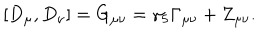
[ D _ { \mu } , D _ { \nu } ] = G _ { \mu \nu } = \gamma _ { 5 } \Gamma _ { \mu \nu } + Z _ { \mu \nu } .